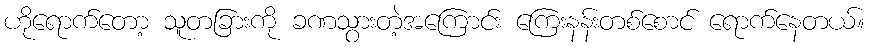
ဟိုရောက်တော့ သူတခြားကို ခဏသွားတဲ့အကြောင်း ကြေးနန်းတစ်စောင် ရောက်နေတယ်။